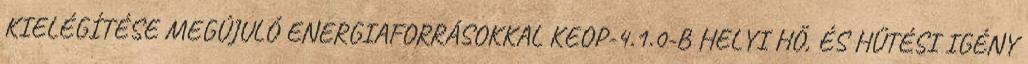
KIELÉGÍTÉSE MEGÚJULÓ ENERGIAFORRÁSOKKAL KEOP-4.1.0-B HELYI HŐ, ÉS HŰTÉSI IGÉNY